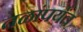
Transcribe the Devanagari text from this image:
तळांपर्यंत